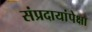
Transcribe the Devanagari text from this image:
संप्रदायांपेक्षा